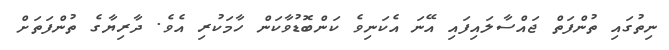
ނިތުގައި ތުންފަތް ޖައްސާލައިފައި އޭނަ އެކަނިވެ ކަންބޮޑުވާކަން ހާމަކުރި އެވެ. ދާރިޔާގެ ތުންފަތަށް